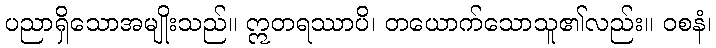
ပညာရှိသောအမျိုးသည်။ ဣတရဿာပိ၊ တယောက်သောသူ၏လည်း။ ဝစနံ၊